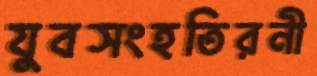
যুবসংহতিরনী